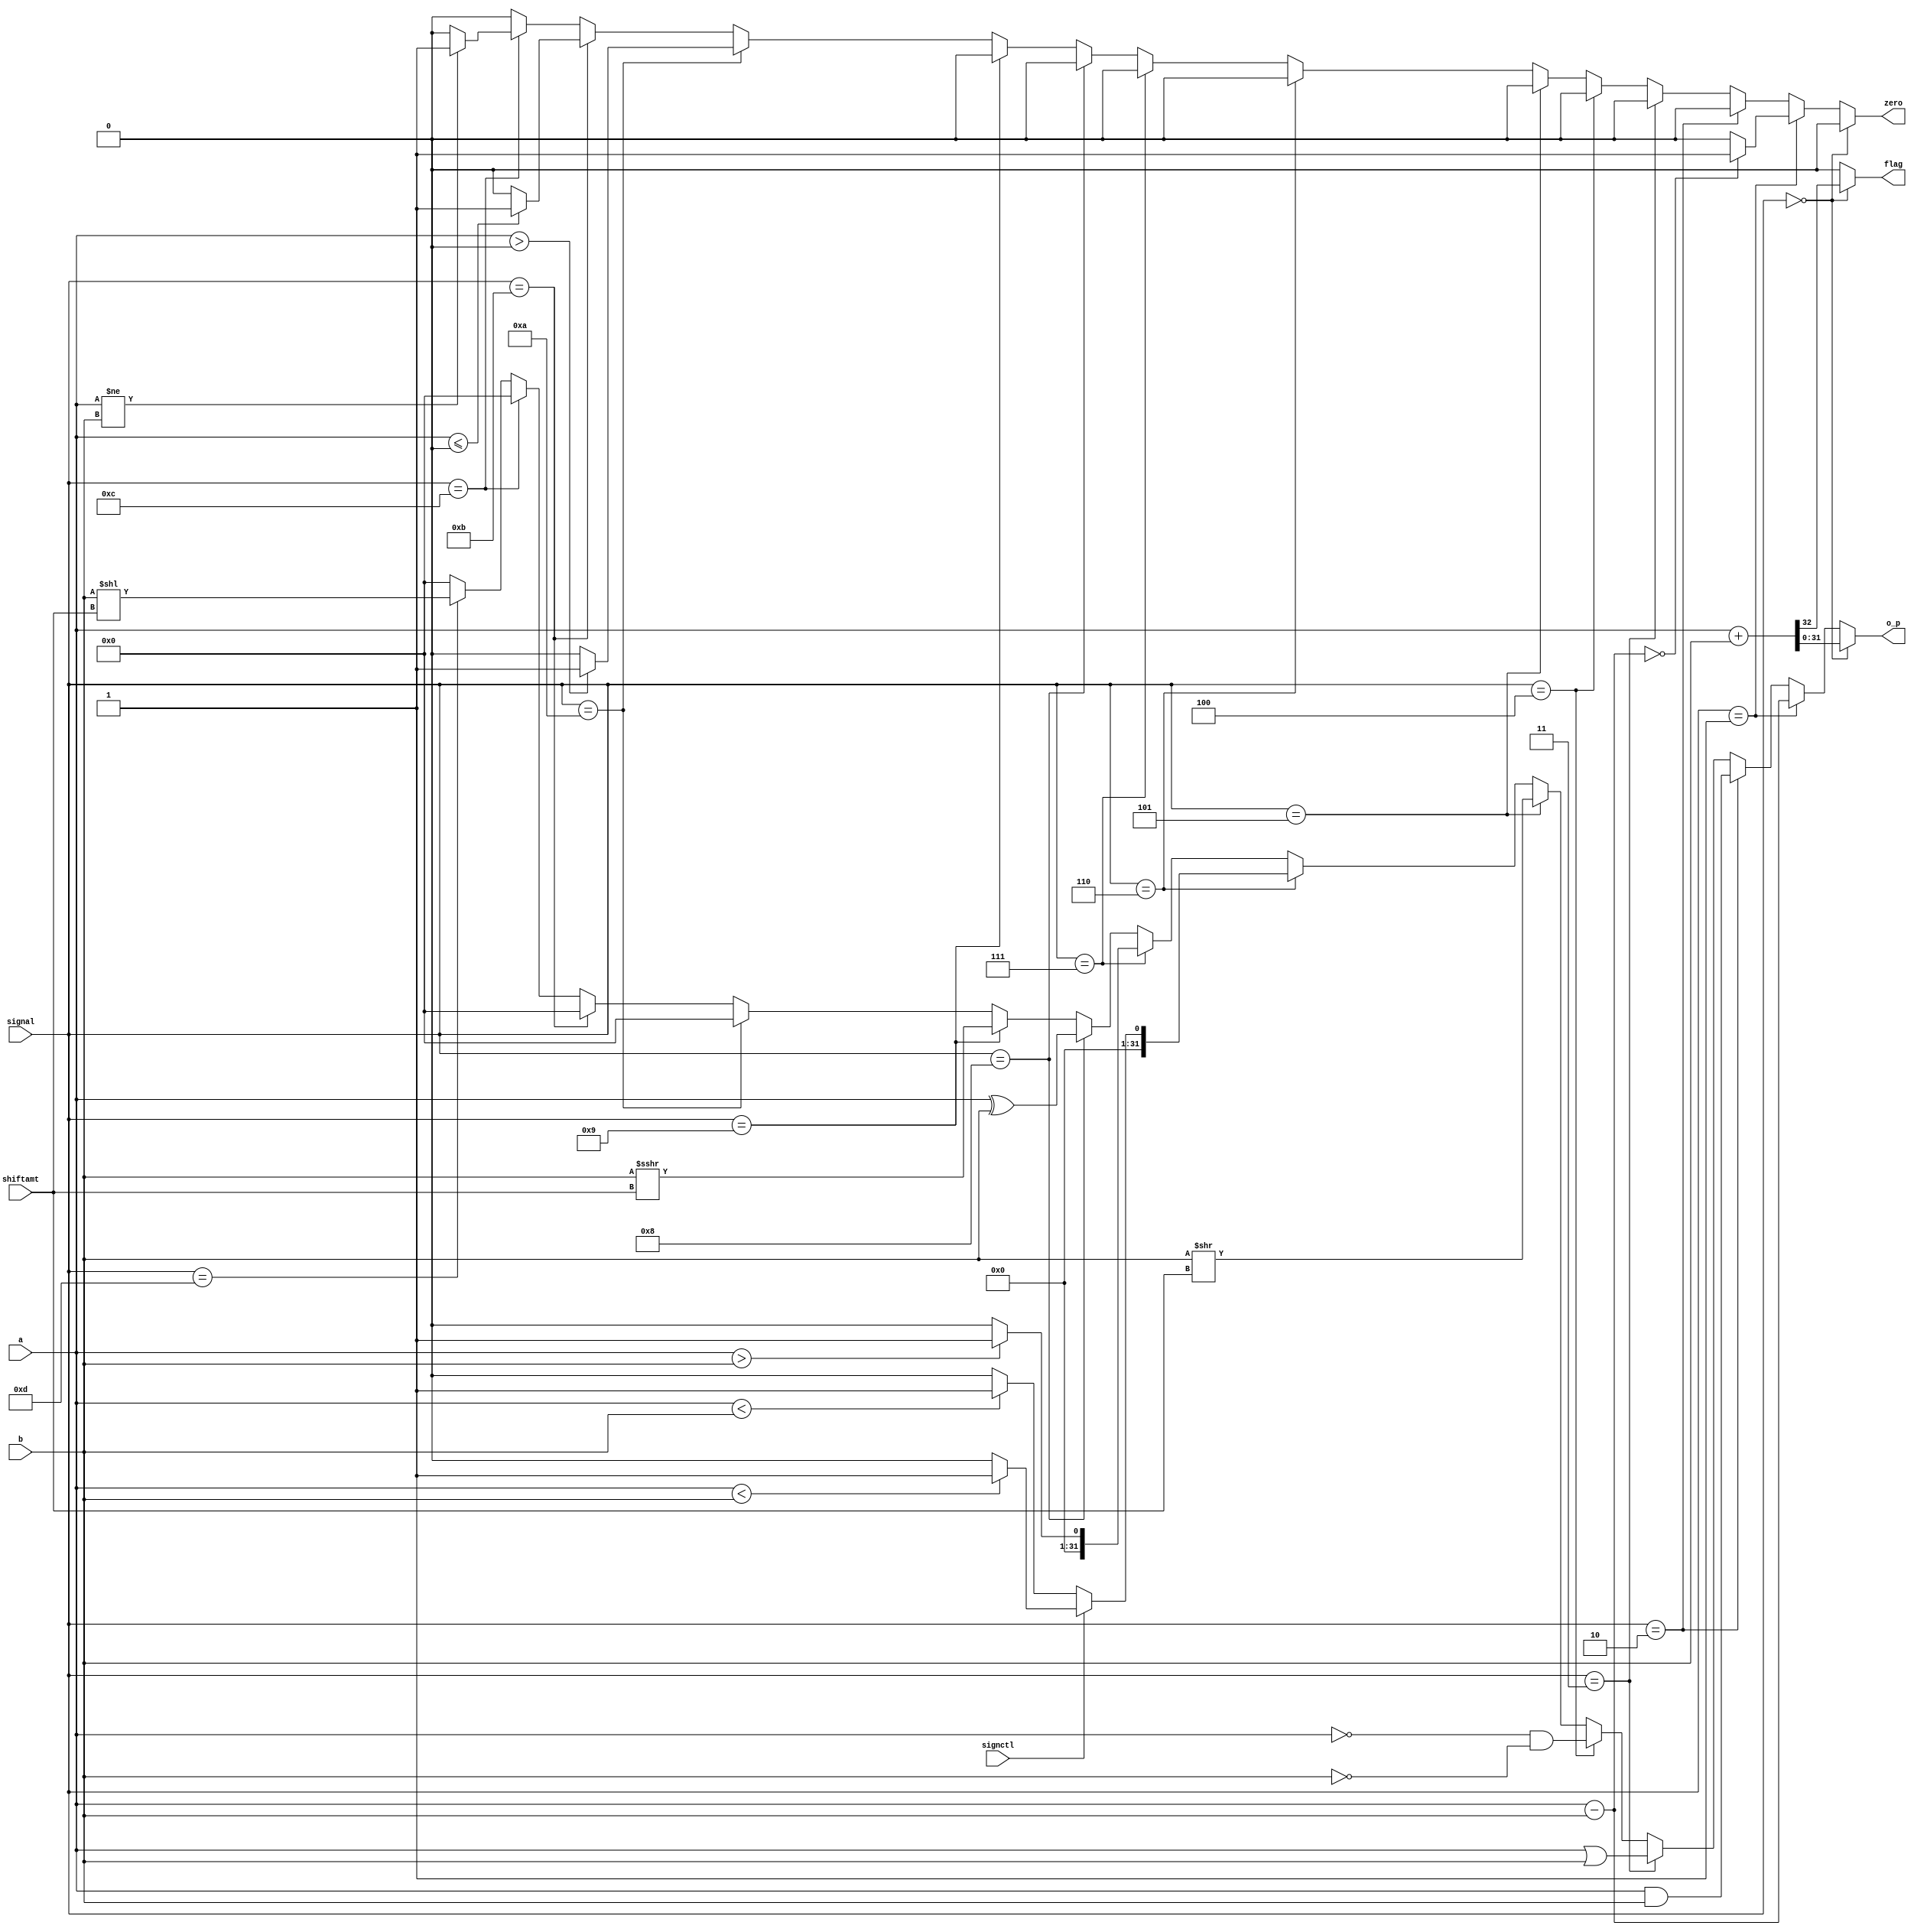
`timescale 1ns / 1ps
//////////////////////////////////////////////////////////////////////////////////
// Company: 
// Engineer: 
// 
// Design Name: 
// Module Name:    ALU 
// Project Name: 
// Target Devices: 
// Tool versions: 
// Description: 
//
// Dependencies: 
//
// Revision: 
// Revision 0.01 - File Created
// Additional Comments: 
//
//////////////////////////////////////////////////////////////////////////////////
module ALU(a,b,zero,o_p,signal,shiftamt,flag,signctl);
input signctl;
input [31:0]a;// The first input is a 32 bit register.
input [31:0]b;// The second input is a 32 bit register.
input [4:0]shiftamt;// The shift amount is at max 32 bits, thus only 5 bits are needed to represent it.
input [4:0]signal;// This is the ALU Control. My ALU can support a maximum of 32 operations at present. However, This can be updated according to the need.
output reg [31:0] o_p;// The output is 32 bits as well.
output reg zero,flag;// The zero flag is used to control the IFU for branch instructions. The flag is used for overflow detection.
always @(*)
	begin
	o_p = 0;// The next 3 lines are setting the default values
	zero=0;
	flag=0;
	if (signal == 0)// add
	begin
		{flag,o_p} = a+b;
	end
	else if(signal == 1)// sub
	begin
		o_p = a-b;
		  if (o_p == 0)
		begin
			zero=1;
		end
	end
	else if(signal == 2)// and
	begin
		o_p = a & b;
	end
	else if(signal == 3)// or
	begin
		o_p = a | b;
	end
	else if(signal == 4)// nor
	begin
		o_p = ~a & ~b;
	end
	else if(signal == 5)// srl
	begin
		o_p = b>>shiftamt;
	end
	else if(signal == 6)//slt
	begin
	if(signctl==0)
	begin
		if(a<b)
		begin
		o_p = 1;
		end
    end
    else if(signctl ==1)
    begin
    if($signed(a) < $signed(b))
    begin
    o_p=1;
    end
    end
	end
	else if(signal == 7)
	begin
		if(a>b)
		begin
			o_p = 1;
		end
	end
	else if(signal == 8)// xor
	begin
	o_p = a ^ b;
	end
	else if(signal == 9) // sra
    begin
    o_p= b>>>shiftamt;
    end
    else if(signal ==10)// bgtz
    begin
    if($signed(a)>0)
    begin
    zero=1;
    end
    end
    else if(signal ==11)// blez
        begin
        if($signed(a)<=0)
        begin
        zero=1;
        end
        end
    else if(signal ==12) // bne
            begin
            if(a!=b)
            begin
            zero=1;
            end
            end
   else if(signal ==13) // sll
   begin
   o_p = b<<shiftamt;
   end
end
endmodule